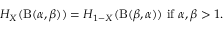
H _ { X } ( \mathrm { B } ( \alpha , \beta ) ) = H _ { 1 - X } ( \mathrm { B } ( \beta , \alpha ) ) { \mathrm { ~ i f ~ } } \alpha , \beta > 1 .